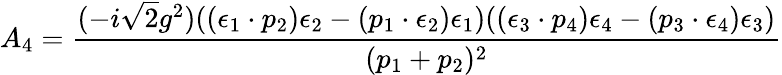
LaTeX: A_{4}=\frac{(-i\sqrt{2}g^{2})((\epsilon_{1}\cdot p_{2})\epsilon_{2}-(p_{1}\cdot\epsilon_{2})\epsilon_{1})((\epsilon_{3}\cdot p_{4})\epsilon_{4}-(p_{3}\cdot\epsilon_{4})\epsilon_{3})}{(p_{1}+p_{2})^{2}}